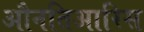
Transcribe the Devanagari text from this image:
औनतिआरिस